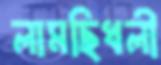
লামছিধলী